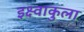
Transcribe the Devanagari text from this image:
इक्ष्वाकुला